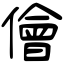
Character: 儈